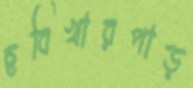
ছবিখারপাড়